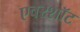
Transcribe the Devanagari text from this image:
एवरशॉट